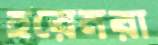
হরেনরা